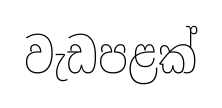
වැඩපළක්